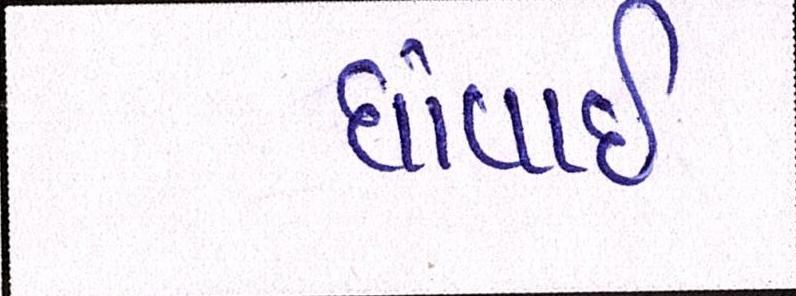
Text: ધોવાઇ